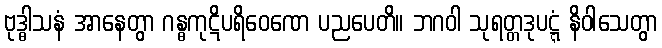
ဗုဒ္ဓါသနံ အာနေတွာ ဂန္ဓကုဋိပရိဝေဏေ ပညပေတိ။ ဘဂဝါ သုရတ္တဒုပဋ္ဋံ နိဝါသေတွာ